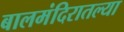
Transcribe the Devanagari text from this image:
बालमंदिरातल्या